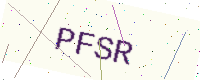
Text: PFSR